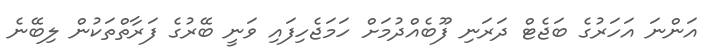
އަންނަ އަހަރުގެ ބަޖެޓް ދަރަނި ފޫބެއްދުމަށް ހަމަޖެހިފައި ވަނީ ބޭރުގެ ފަރާތްތަކުން ލިބޭނެ